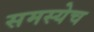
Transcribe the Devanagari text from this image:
समस्येच